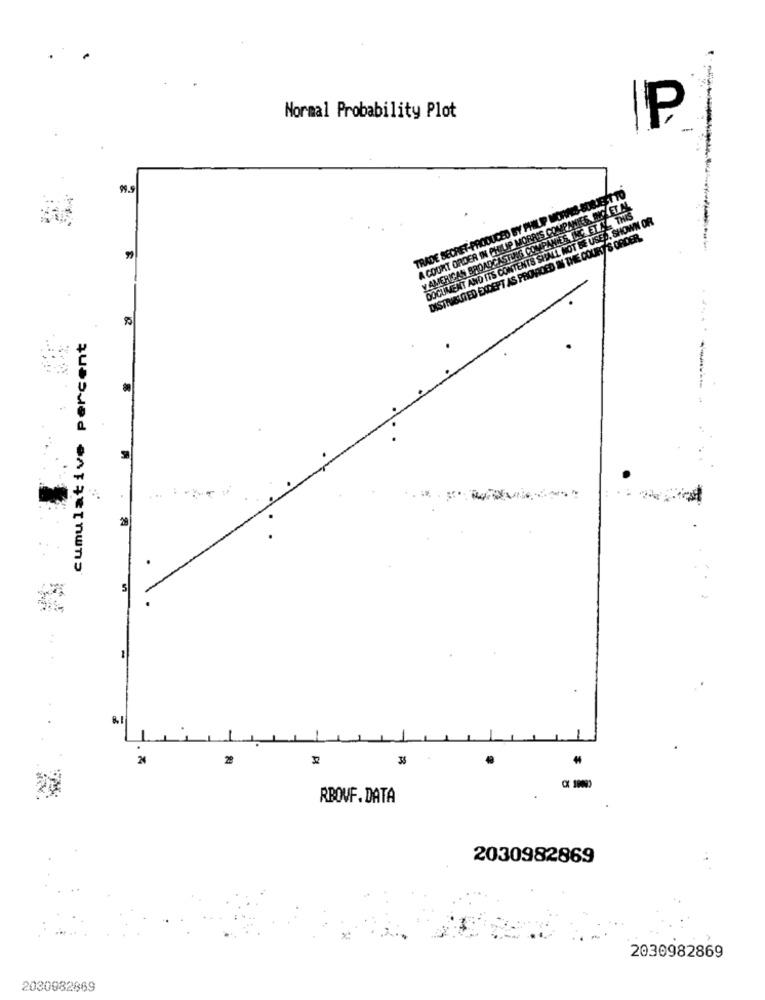
Normal Probability Plot
IP
TRADE SECRET-PRODUCED BY PHILIP MORAES-SURJEST
ZUIP MORRIS COMPANIES INOLET. A
NOT BE USED, SHOWN OR
W THE COURT'S ORDER.
A COURT ORDER IN
BROAD
Y AM
DOCUMENT
DISTR
cumulative percent
...
2
28
35
RBOVF. DATA
2030982869
2030982869
2030982869